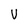
Character: V